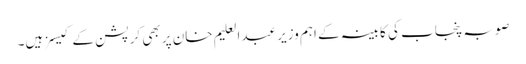
صوبہ پنجاب کی کابینہ کے اہم وزیر عبدالعلیم خان پر بھی کرپشن کے کیسز ہیں۔